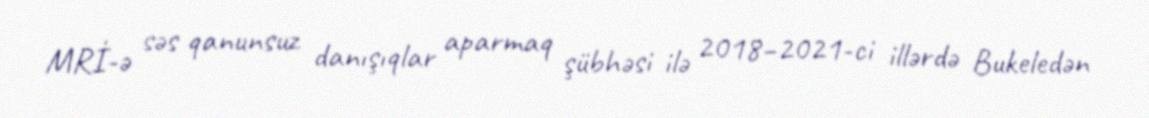
MRİ-ə səs qanunsuz danışıqlar aparmaq şübhəsi ilə 2018–2021-ci illərdə Bukeledən